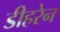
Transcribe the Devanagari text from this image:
डीहरेन